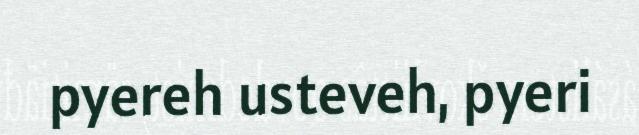
pyereh usteveh, pyeri